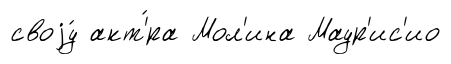
своjу́ акт'́ра Мол'ина Маур'ис'ио